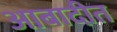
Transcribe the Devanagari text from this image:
आबादीत